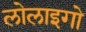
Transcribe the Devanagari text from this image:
लोलाइगो